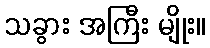
သခွား အကြီး မျိုး။